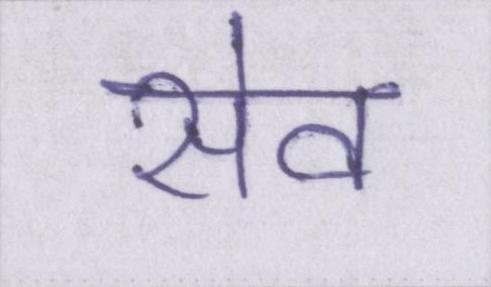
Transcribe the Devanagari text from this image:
सेव